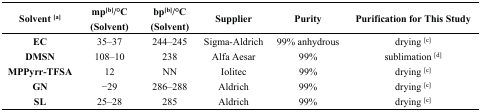
| Solvent [a] | mp[b]/°C (Solvent) | bp[b]/°C (Solvent) | Supplier | Purity | Purification for This Study |
 | --- | --- | --- | --- | --- | --- |
 | EC | 35–37 | 244–245 | Sigma-Aldrich | 99% anhydrous | drying [c] |
 | DMSN | 108–10 | 238 | Alfa Aesar | 99% | sublimation [d] |
 | MPPyrr-TFSA | 12 | NN | Iolitec | 99% | drying [c] |
 | GN | −29 | 286–288 | Aldrich | 99% | drying [c] |
 | SL | 25–28 | 285 | Aldrich | 99% | drying [c] |